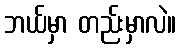
ဘယ်မှာ တည်းမှာလဲ။